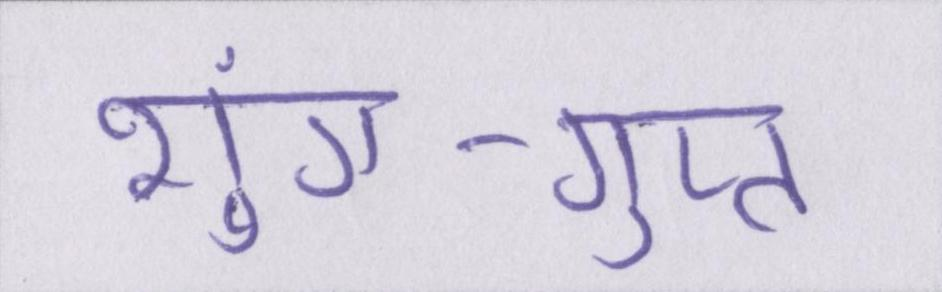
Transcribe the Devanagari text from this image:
शुंग-गुप्त